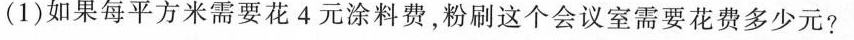
(1)如果每平方米需要花4元涂料费，粉刷这个会议室需要花费多少元?